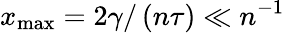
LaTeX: x_{\mathrm{max}}=2\gamma/\left(n\tau\right)\ll n^{-1}